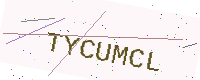
Text: TYCUMCL